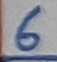
Text: 6